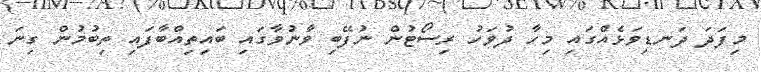
މިފަދަ ދަނޑިވަޅެއްގައި މިހާ ދުވަހު ރިސޯޓުން ނުފޭބި ވާނުވާގައި ބައިތިއްބާފައި ތިބުމުން ގިނަ